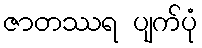
ဇာတဿရ ပျက်ပုံ